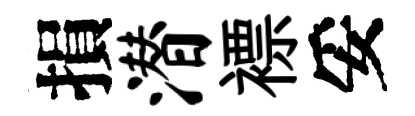
損潜褾妥